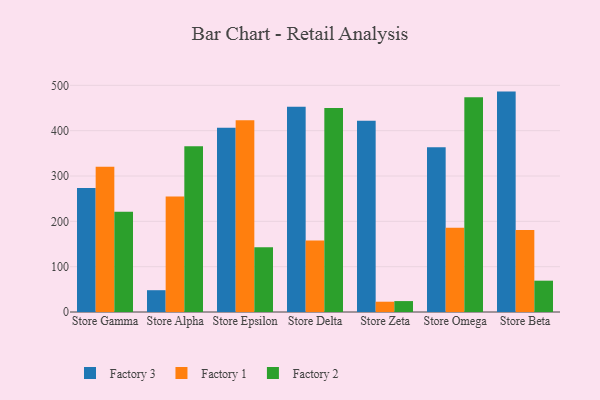
{"axis": {"x": "Store", "y": "Temperature (°C)"}, "legend": ["Factory 1", "Factory 2", "Factory 3"], "data": [{"x": "Store Gamma", "y": 273.7, "type": "Factory 3"}, {"x": "Store Gamma", "y": 320.2, "type": "Factory 1"}, {"x": "Store Gamma", "y": 220.9, "type": "Factory 2"}, {"x": "Store Alpha", "y": 48.1, "type": "Factory 3"}, {"x": "Store Alpha", "y": 254.7, "type": "Factory 1"}, {"x": "Store Alpha", "y": 365.4, "type": "Factory 2"}, {"x": "Store Epsilon", "y": 406.4, "type": "Factory 3"}, {"x": "Store Epsilon", "y": 423.0, "type": "Factory 1"}, {"x": "Store Epsilon", "y": 142.7, "type": "Factory 2"}, {"x": "Store Delta", "y": 452.7, "type": "Factory 3"}, {"x": "Store Delta", "y": 157.8, "type": "Factory 1"}, {"x": "Store Delta", "y": 450.2, "type": "Factory 2"}, {"x": "Store Zeta", "y": 422.1, "type": "Factory 3"}, {"x": "Store Zeta", "y": 22.7, "type": "Factory 1"}, {"x": "Store Zeta", "y": 24.1, "type": "Factory 2"}, {"x": "Store Omega", "y": 363.2, "type": "Factory 3"}, {"x": "Store Omega", "y": 186.0, "type": "Factory 1"}, {"x": "Store Omega", "y": 474.0, "type": "Factory 2"}, {"x": "Store Beta", "y": 486.2, "type": "Factory 3"}, {"x": "Store Beta", "y": 181.1, "type": "Factory 1"}, {"x": "Store Beta", "y": 69.1, "type": "Factory 2"}]}